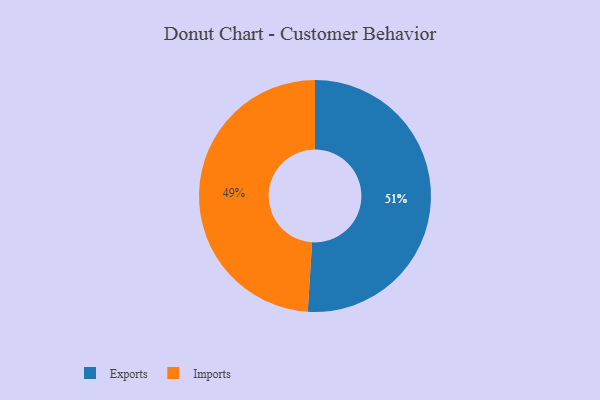
{"axis": {"x": "Category", "y": "Percentage"}, "legend": ["Exports", "Imports"], "data": [{"x": "Exports", "y": 51, "type": "Exports"}, {"x": "Imports", "y": 49, "type": "Imports"}]}